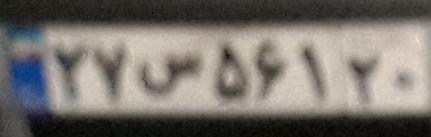
۲۷س۵۶۱۲۰